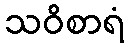
သဝိစာရံ